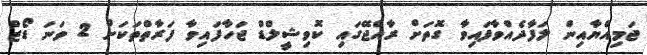
ޖަމިއްޔާއިން ލަފާދެއްވާފައިވާ ގޮތަށް ރާއްޖޭގައި ކޮވިޝީލްޑް ޖަހާފައިވާ ފަރާތްތަކަށް 2 ވަނަ ޑޯޒް